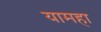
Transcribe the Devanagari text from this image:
यामहा